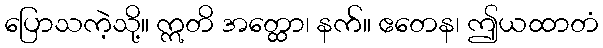
ပြောသကဲ့သို့။ ဣတိ အတ္ထော၊ နက်။ ဧတေန၊ ဤယထာတံ